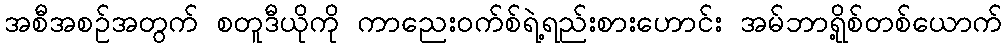
အစီအစဉ်အတွက် စတူဒီယိုကို ကာညေးဝက်စ်ရဲ့ရည်းစားဟောင်း အမ်ဘာရို့စ်တစ်ယောက်